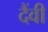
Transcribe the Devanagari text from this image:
दैंवी